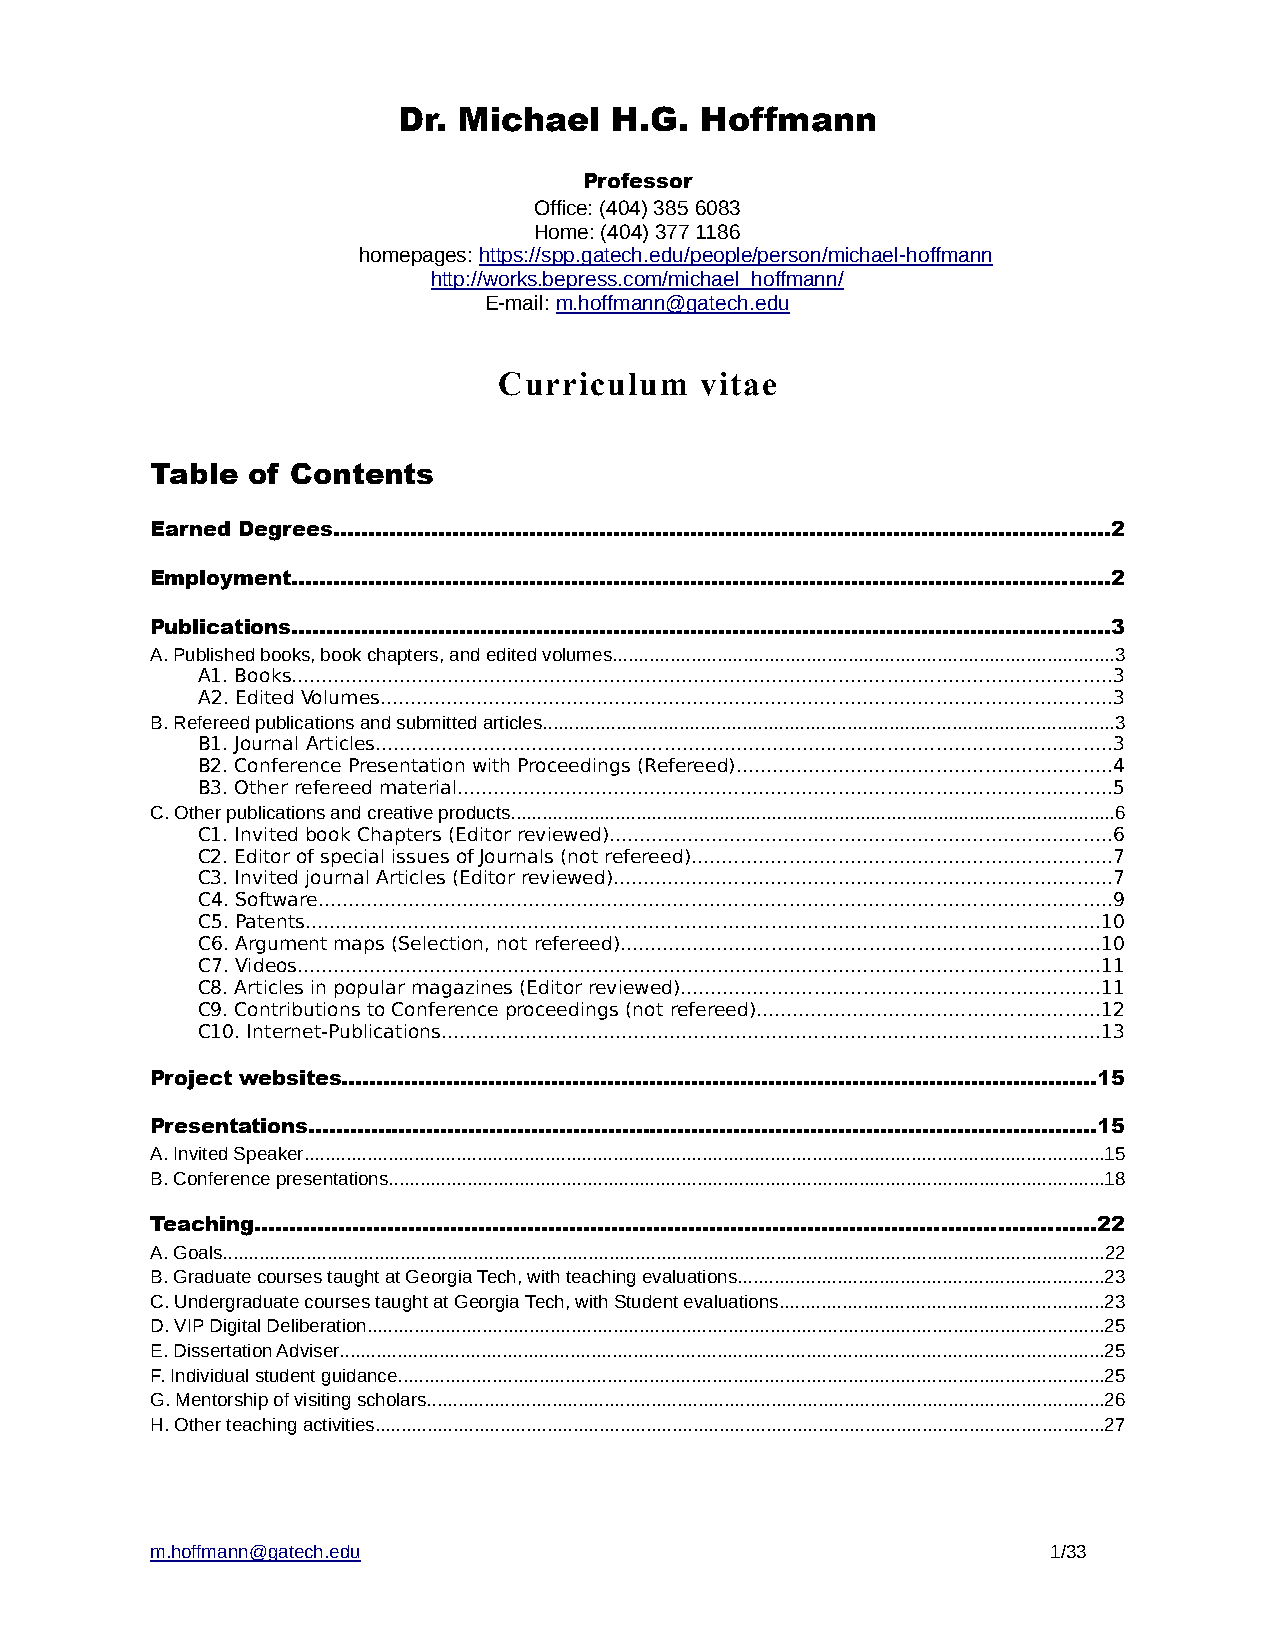
Dr. Michael   H.G.  Hoffmann
 Professor
 Office: (404) 385 6083
 Home: (404) 377 1186
 homepages: https://spp.gatech.edu/people/person/michael-hoffmann
 http://works.bepress.com/michael_hoffmann/
 E-mail: m.hoffmann@gatech.edu
 Curriculum   vitae
 Table of Contents
 Earned Degrees...............................................................................................................2
 Employment.....................................................................................................................2
 Publications.....................................................................................................................3
 A. Published books, book chapters, and edited volumes................................................................................................3
 A1. Books........................................................................................................................................3
 A2. Edited Volumes.........................................................................................................................3
 B. Refereed publications and submitted articles.............................................................................................................3
 B1. Journal Articles..........................................................................................................................3
 B2. Conference Presentation with Proceedings (Refereed)..............................................................4
 B3. Other refereed material............................................................................................................5
 C. Other publications and creative products....................................................................................................................6
 C1. Invited book Chapters (Editor reviewed)...................................................................................6
 C2. Editor of special issues of Journals (not refereed).....................................................................7
 C3. Invited journal Articles (Editor reviewed)..................................................................................7
 C4. Software...................................................................................................................................9
 C5. Patents...................................................................................................................................10
 C6. Argument maps (Selection, not refereed)...............................................................................10
 C7. Videos.....................................................................................................................................11
 C8. Articles in popular magazines (Editor reviewed).....................................................................11
 C9. Contributions to Conference proceedings (not refereed).........................................................12
 C10. Internet-Publications.............................................................................................................13
 Project websites............................................................................................................15
 Presentations.................................................................................................................15
 A. Invited Speaker.........................................................................................................................................................15
 B. Conference presentations.........................................................................................................................................18
 Teaching........................................................................................................................22
 A. Goals.........................................................................................................................................................................22
 B. Graduate courses taught at Georgia Tech, with teaching evaluations......................................................................23
 C. Undergraduate courses taught at Georgia Tech, with Student evaluations..............................................................23
 D. VIP Digital Deliberation.............................................................................................................................................25
 E. Dissertation Adviser..................................................................................................................................................25
 F. Individual student guidance.......................................................................................................................................25
 G. Mentorship of visiting scholars..................................................................................................................................26
 H. Other teaching activities............................................................................................................................................27
 m.hoffmann@gatech.edu                                       1/33